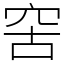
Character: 𥥖